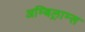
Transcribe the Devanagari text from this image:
अम्बिल्राम्स